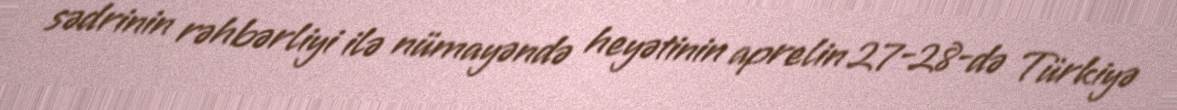
sədrinin rəhbərliyi ilə nümayəndə heyətinin aprelin 27-28-də Türkiyə